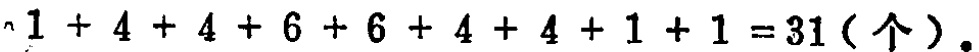
$1 + 4 + 4 + 6 + 6 + 4 + 4 + 1 + 1 = 31 (\text{个})。$